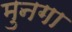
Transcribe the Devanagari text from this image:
मुनगा